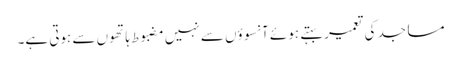
مساجد کی تعمیر بہتے ہوئے آنسوؤں سے نہیں مضبوط ہاتھوں سے ہوتی ہے۔